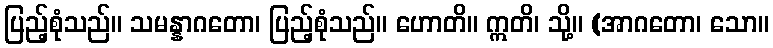
ပြည့်စုံသည်။ သမန္နာဂတော၊ ပြည့်စုံသည်။ ဟောတိ။ ဣတိ၊ သို့။ (အာဂတော၊ သော။